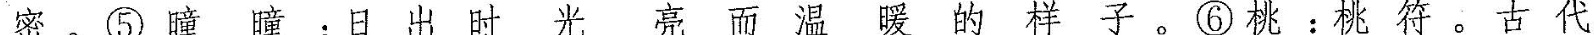
密。⑤瞳瞳:日出时光亮而温暖的样子。⑥桃:桃符。古代